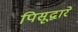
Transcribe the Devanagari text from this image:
पिसूद्वारे